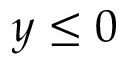
y \le 0